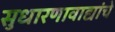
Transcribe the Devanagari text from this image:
सुधारणावाद्यांचे